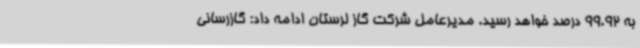
به 99.92 درصد خواهد رسید. مدیرعامل شرکت گاز لرستان ادامه داد: گازرسانی